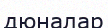
дюналар